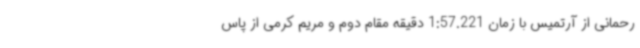
رحمانی از آرتمیس با زمان 1:57.221 دقیقه مقام دوم و مریم کرمی از پاس